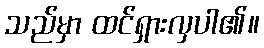
သည်မှာ ထင်ရှားလှပါ၏။